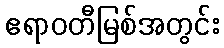
ဧရာဝတီမြစ်အတွင်း